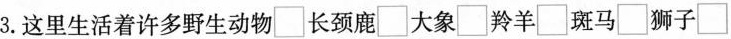
3.这里生活着许多野生动物\Box 长颈鹿\Box 大象\Box 羚羊\Box 斑马\Box 狮子